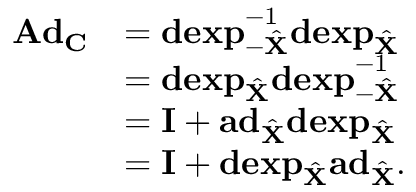
\begin{array} { r l } { \mathbf { A d } _ { \mathbf { C } } } & { = \mathbf { d e x p } _ { - \hat { \mathbf { X } } } ^ { - 1 } \mathbf { d e x p } _ { \hat { \mathbf { X } } } } \\ & { = \mathbf { d e x p } _ { \hat { \mathbf { X } } } \mathbf { d e x p } _ { - \hat { \mathbf { X } } } ^ { - 1 } } \\ & { = \mathbf { I } + \mathbf { a d } _ { \hat { \mathbf { X } } } \mathbf { d e x p } _ { \hat { \mathbf { X } } } } \\ & { = \mathbf { I } + \mathbf { d e x p } _ { \hat { \mathbf { X } } } \mathbf { a d } _ { \hat { \mathbf { X } } } . } \end{array}